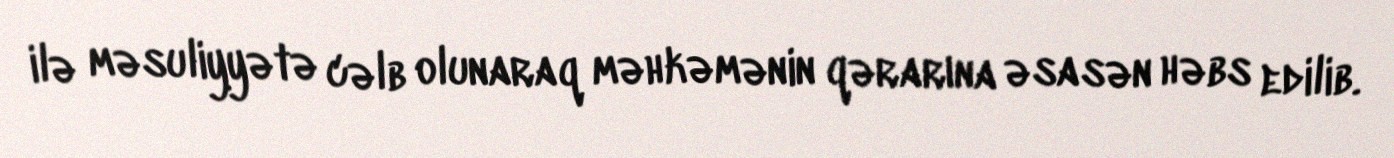
ilə məsuliyyətə cəlb olunaraq məhkəmənin qərarına əsasən həbs edilib.